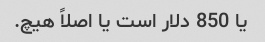
یا 850 دلار است یا اصلاً هیچ.